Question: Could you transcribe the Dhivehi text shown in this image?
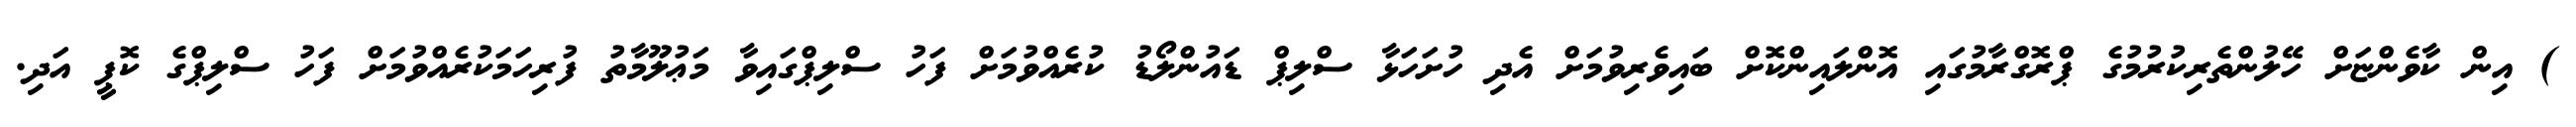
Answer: ) އިން ކާވެންޏަށް ހޭލުންތެރިކުރުމުގެ ޕްރޮގްރާމުގައި އޮންލައިންކޮށް ބައިވެރިވުމަށް އެދި ހުށަހަޅާ ސްލިޕް ޑައުންލޯޑު ކުރެއްވުމަށް ފަހު ސްލިޕްގައިވާ މަޢުލޫމާތު ފުރިހަމަކުރެއްވުމަށް ފަހު ސްލިޕްގެ ކޮޕީ އަދި.